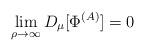
LaTeX: \begin{align*}\lim_{\rho \to \infty} D_\mu[\Phi^{(A)}] = 0\end{align*}